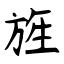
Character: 旌